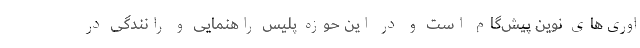
اوری‌های نوین پیش‌گام است و در این حوزه پلیس راهنمایی و رانندگی در